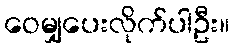
ဝေမျှပေးလိုက်ပါဦး။